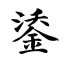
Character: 鋈